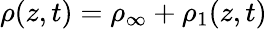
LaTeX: \rho(z,t)=\rho_{\infty}+\rho_{1}(z,t)